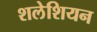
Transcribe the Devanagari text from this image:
शलेशियन